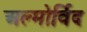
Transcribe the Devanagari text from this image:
अल्मोर्विद